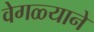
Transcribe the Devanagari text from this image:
वेगळ्याने